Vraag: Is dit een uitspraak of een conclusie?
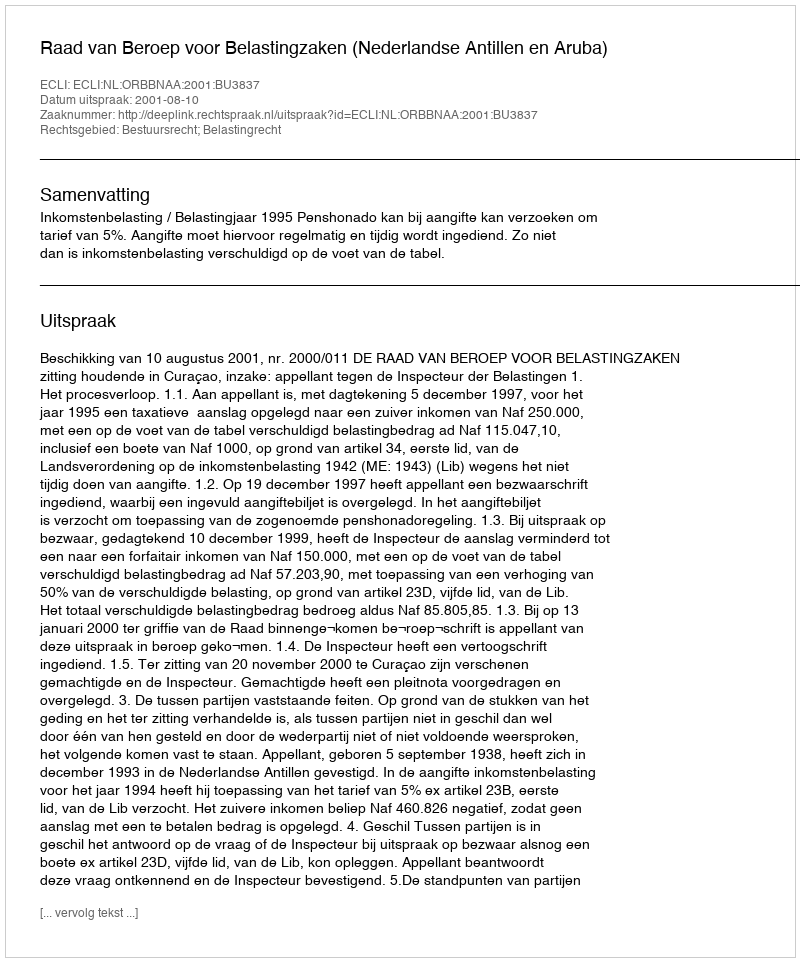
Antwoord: Uitspraak